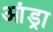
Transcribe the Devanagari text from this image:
आंड्रा